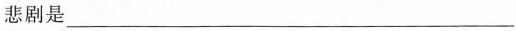
悲剧是___